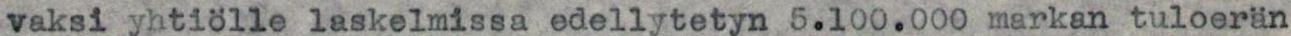
vaksi yhtiölle laskelmissa edellytetyn 5.100.000 markan tuloerän